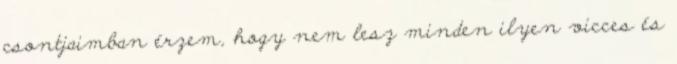
csontjaimban érzem, hogy nem lesz minden ilyen vicces és